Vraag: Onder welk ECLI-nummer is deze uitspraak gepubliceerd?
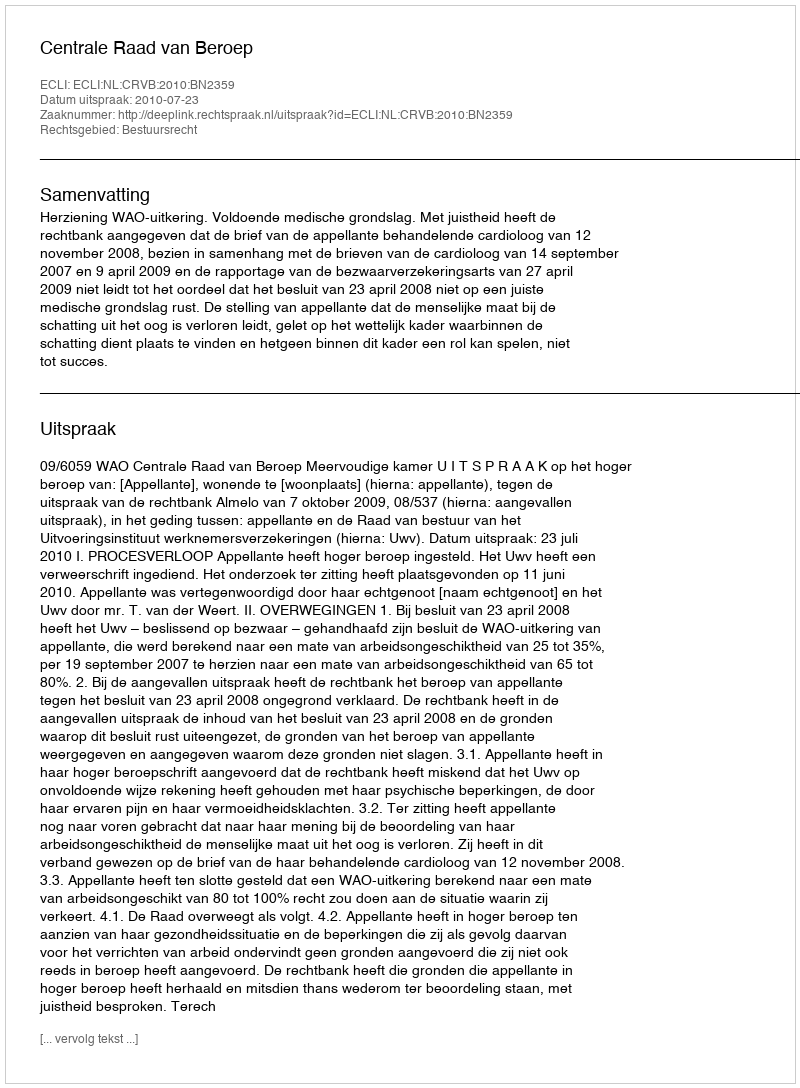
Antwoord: ECLI:NL:CRVB:2010:BN2359